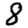
Digit: 8